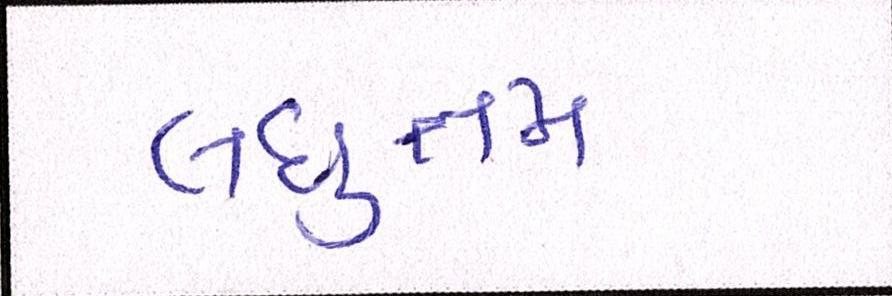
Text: લઘુત્તમ